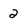
Character: 2